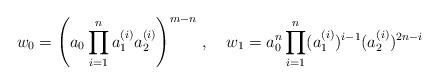
LaTeX: \begin{align*} w_0 = \left( a_0 \prod_{i=1}^n a_1^{(i)} a_2^{(i)} \right)^{m-n} \,,~~~ w_1 = a_0^n \prod_{i=1}^n (a_1^{(i)})^{i-1} (a_2^{(i)})^{2n-i} \end{align*}